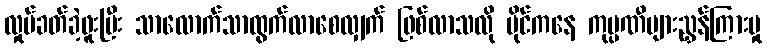
လှုပ်ခတ်ခဲ့ဖူးပြီး သာလောက်သာထွက်လာစေလျှက် ဖြစ်လာသလို မိုင်ကနေ ကုမ္ပဏီများညွှန်ကြားမှု